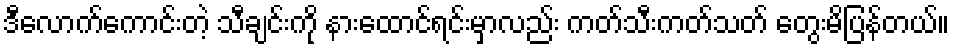
ဒီလောက်ကောင်းတဲ့ သီချင်းကို နားထောင်ရင်းမှာလည်း ကတ်သီးကတ်သတ် တွေးမိပြန်တယ်။